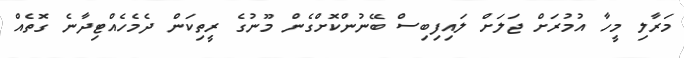
މަރާލި މީހާ އުމުރަށް ޖަލަށް ލައިފިބިސް ބޭނުންކޮށްގެން މޫނުގެ ރީތިކަން ދެމެހެއްޓިދާނެ ގޮތެއް